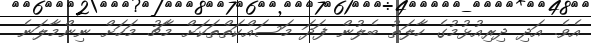
އެވެ. އަދި ދިރިއުޅުމުގެ ހާލަތު ބެލުން ފަދަ މަސައްކަތްތަކަށް މާޗު މަހަށް ނިންމާލަނެ